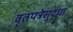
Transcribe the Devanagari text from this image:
वृतपत्रेसुद्धा